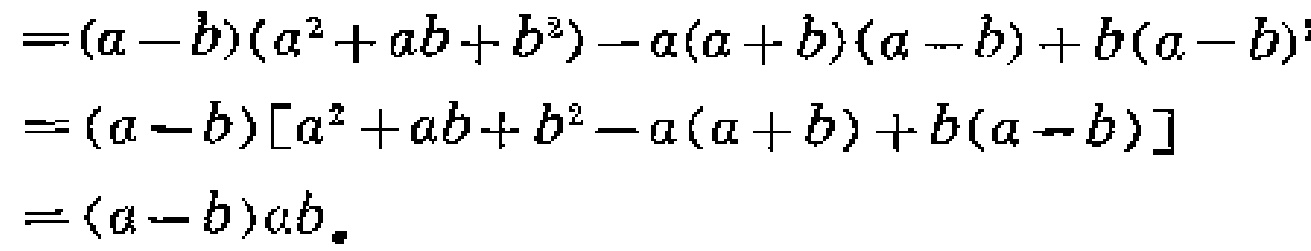
\[

\begin{align*}

&=(a - b)(a^{2}+ab + b^{2})-a(a + b)(a - b)+b(a - b)^{2}\\

&=(a - b)[a^{2}+ab + b^{2}-a(a + b)+b(a - b)]\\

&=(a - b)ab.

\end{align*}

\]